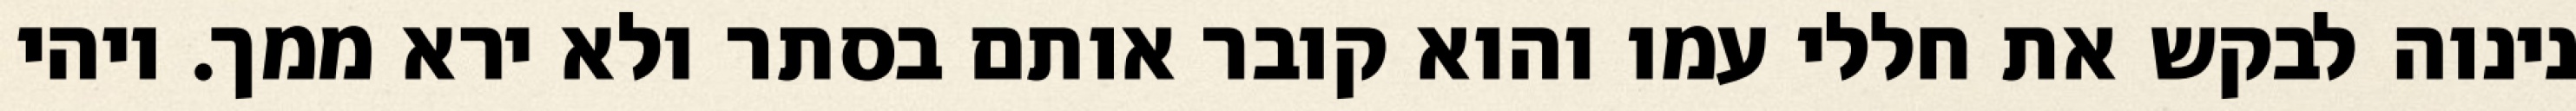
נינוה לבקש את חללי עמו והוא קובר אותם בסתר ולא ירא ממך. ויהי